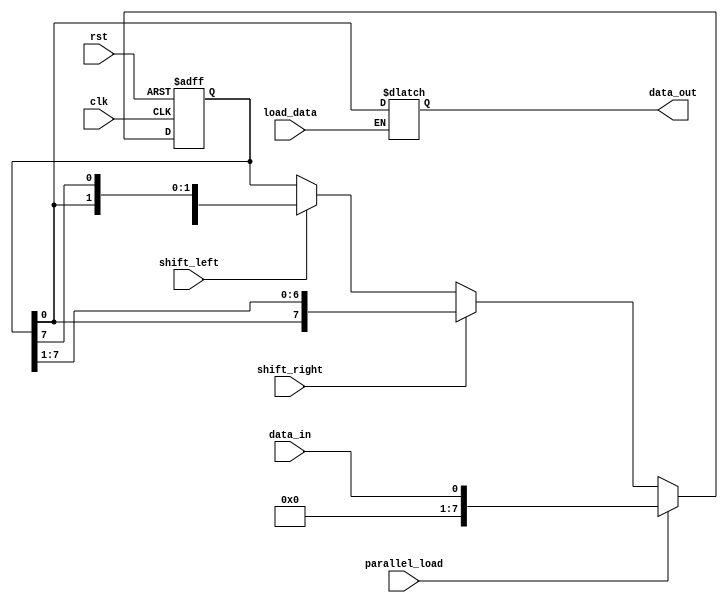
module universal_shift_register (
    input wire clk,       // Clock input
    input wire rst,       // Reset input
    input wire shift_left,    // Shift Left control signal
    input wire shift_right,   // Shift Right control signal
    input wire parallel_load, // Parallel Load control signal
    input wire data_in,       // Data input
    input wire load_data,     // Load Data signal
    output reg data_out        // Output data
);

reg [7:0] shift_reg; // 8-bit shift register

always @(posedge clk or posedge rst) begin
    if (rst) begin
        shift_reg <= 8'b0; // Reset shift register to 0
    end else begin
        if (parallel_load) begin
            shift_reg <= data_in; // Parallel load data into register
        end else begin
            if (shift_left) begin
                shift_reg <= {shift_reg[6:0], shift_reg[7]}; // Shift left
            end
            if (shift_right) begin
                shift_reg <= {shift_reg[0], shift_reg[7:1]}; // Shift right
            end
        end
    end
end

always @(*) begin
    if (load_data) begin
        data_out = shift_reg; // Output data in parallel-out mode
    end
end

endmodule